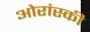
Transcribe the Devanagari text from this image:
ओरांस्की